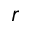
r